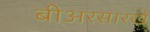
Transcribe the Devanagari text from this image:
बीअरसारखे